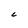
Character: L